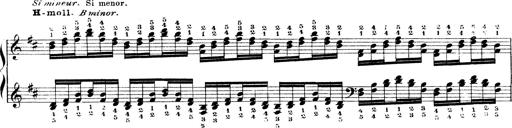
Title: Technische Studien
Composer: Franz Liszt